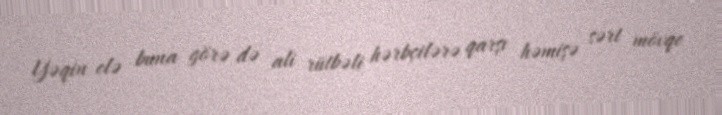
Yəqin elə buna görə də ali rütbəli hərbçilərə qarşı həmişə sərt mövqe